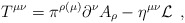
\begin{align*}T^{\mu \nu }=\pi ^{\rho (\mu )}\partial ^\nu A_\rho -\eta ^{\mu \nu } {\cal L} \;\,,\end{align*}